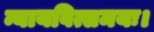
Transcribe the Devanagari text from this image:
न्यायवित्समयः।